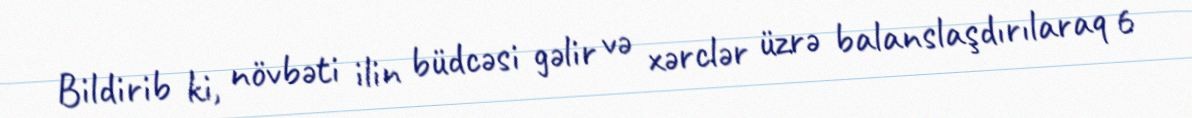
Bildirib ki, növbəti ilin büdcəsi gəlir və xərclər üzrə balanslaşdırılaraq 6